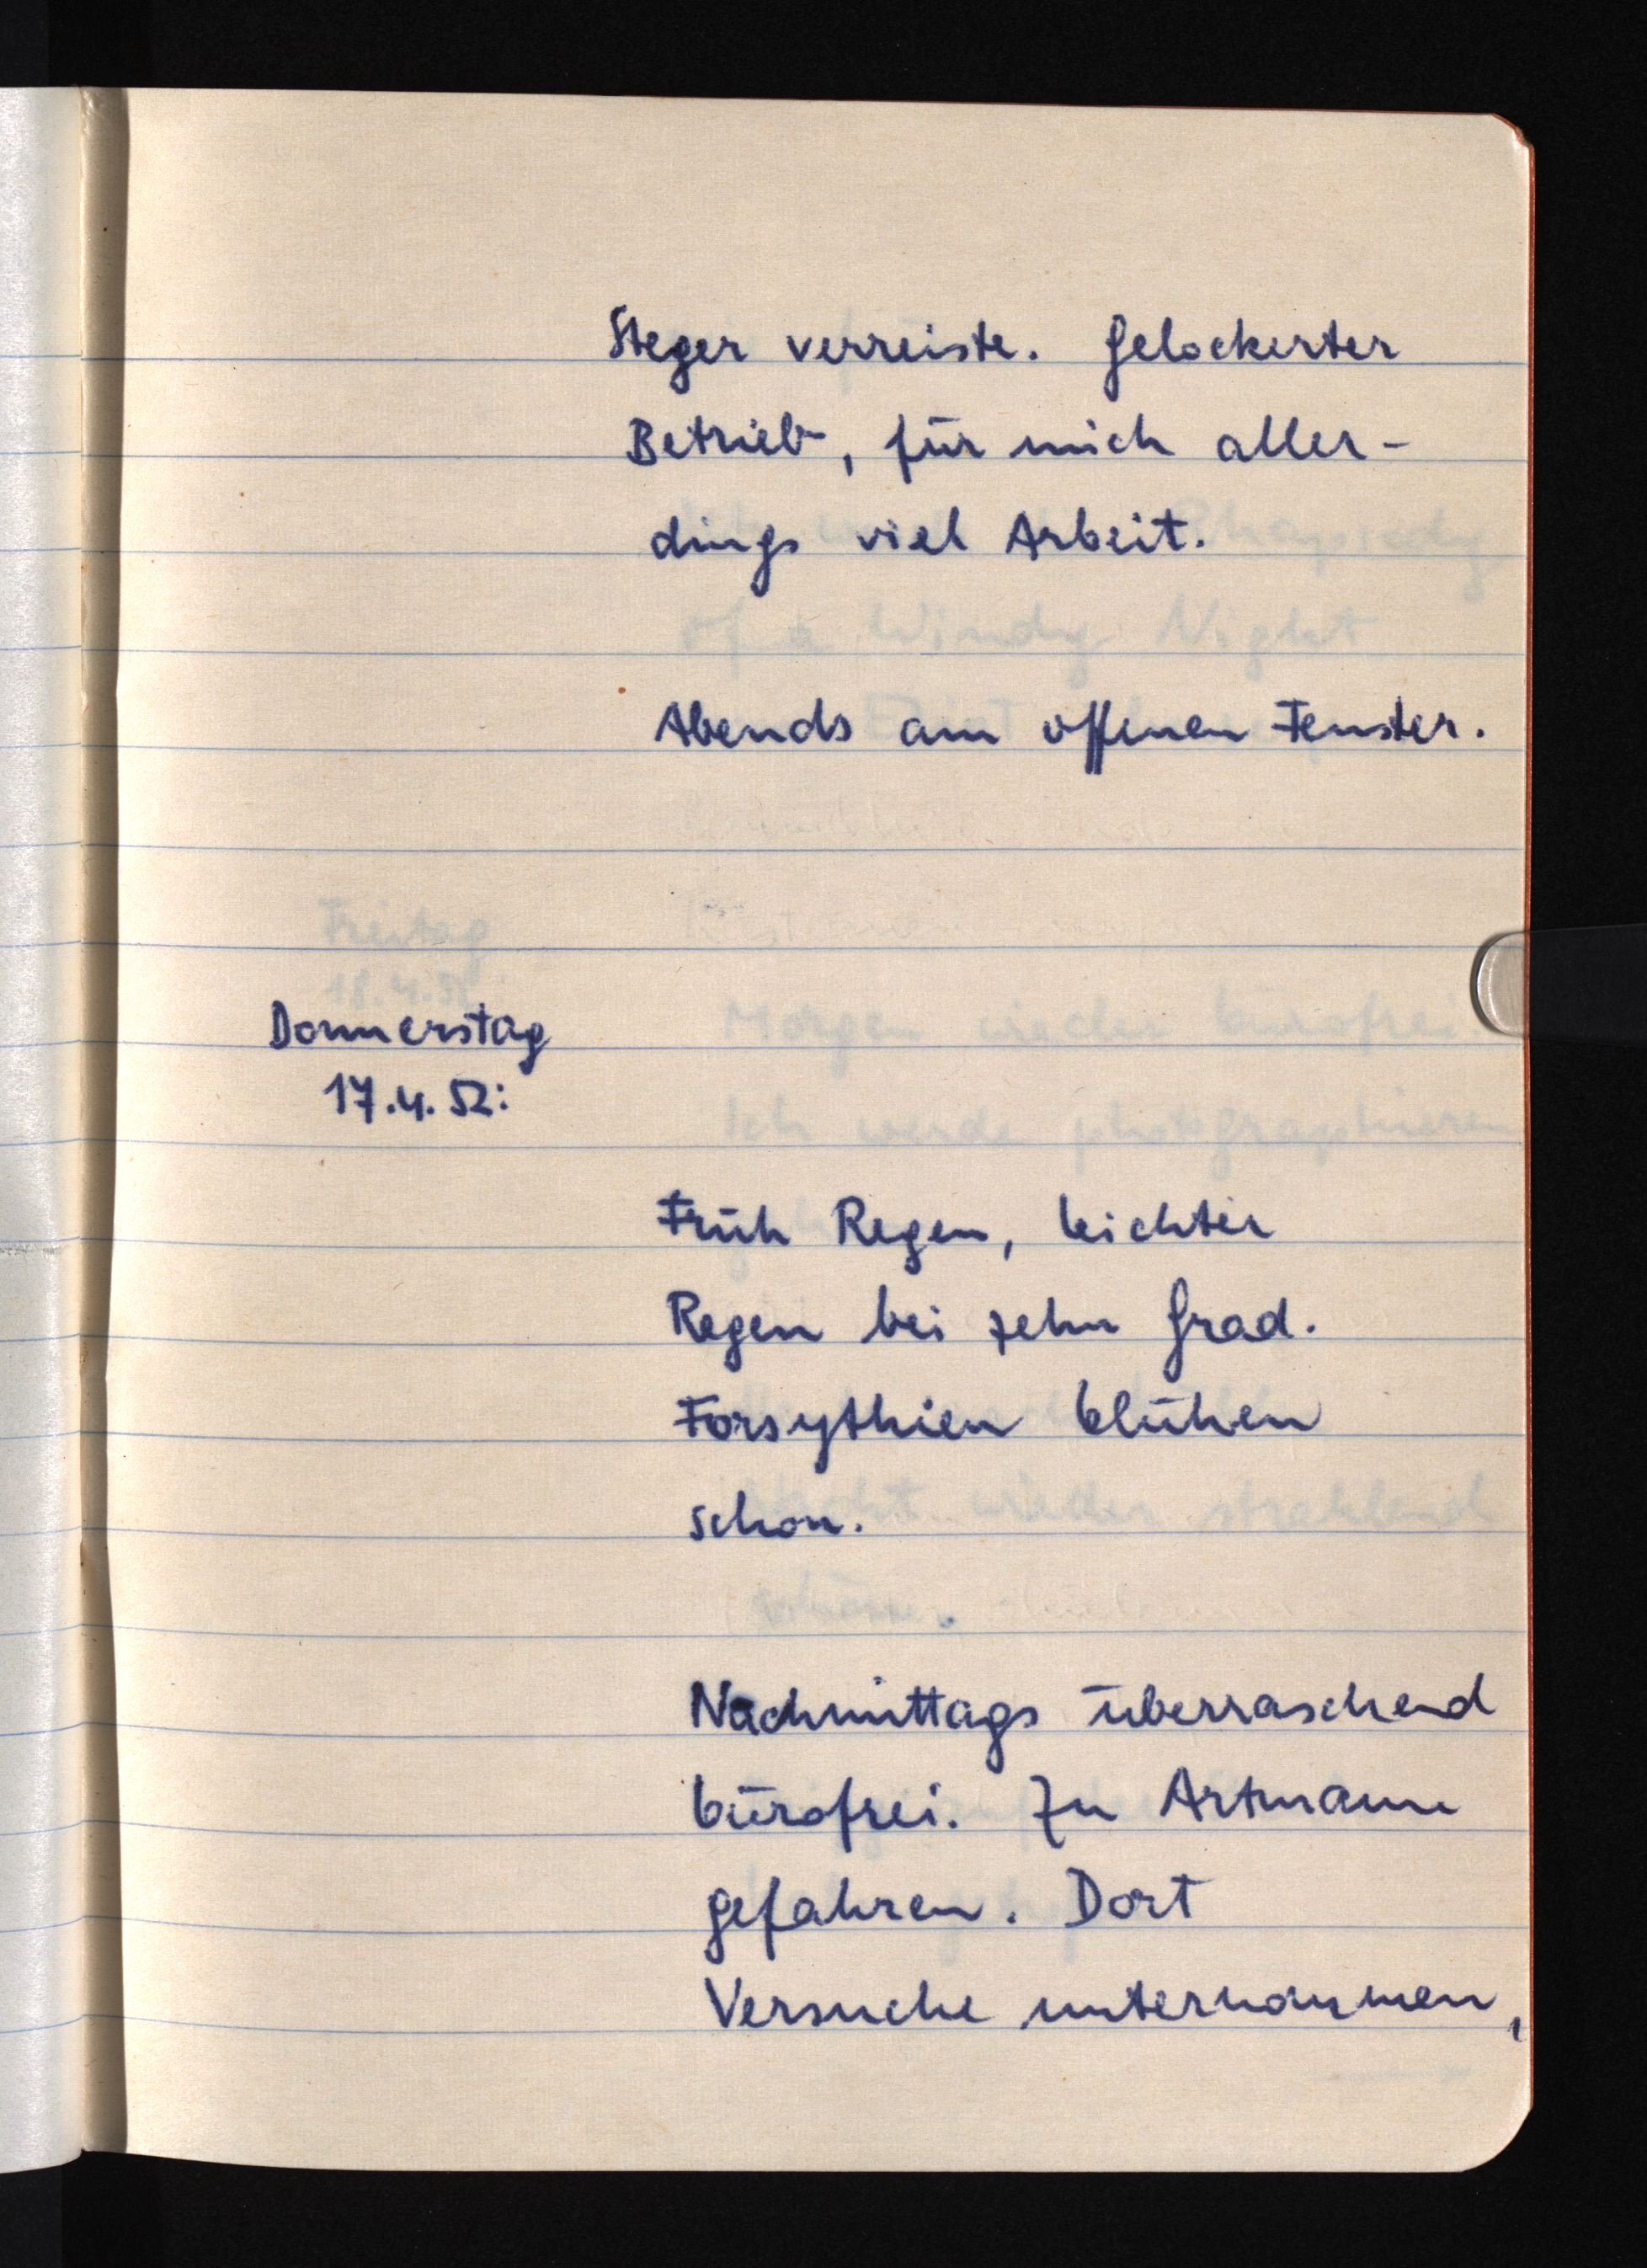
Steger verreiste. Gelockerter
Betrieb, für mich aller¬
dings viel Arbeit.
Abends am offenen Fenster.
Donnerstag
17.4.52:
Früh Regen, leichter
Regen bei zehn Grad.
Forsythien blühen
schon.
Nachmittags überraschend
bürofrei. Zu Artmann
gefahren. Dort
Versuche unternommen,